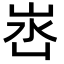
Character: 𭖛